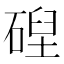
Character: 𥔄